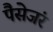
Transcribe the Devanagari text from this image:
पैसेजंर